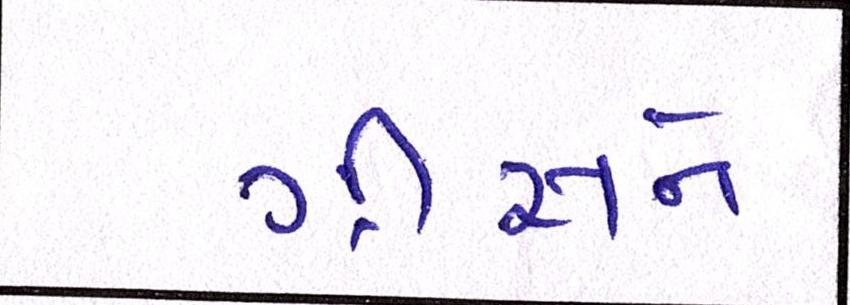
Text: ગ્રીસને